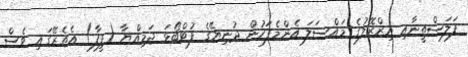
ފަލަސްތީނާއި އިޒްރޭލުގެ މައްސަލަ އެންމެފަހުން ދުނިޔޭގެ ފުޓްބޯޅަ ޖަމިއްޔާ (ފީފާ) އެތެރޭގައި ވެސް